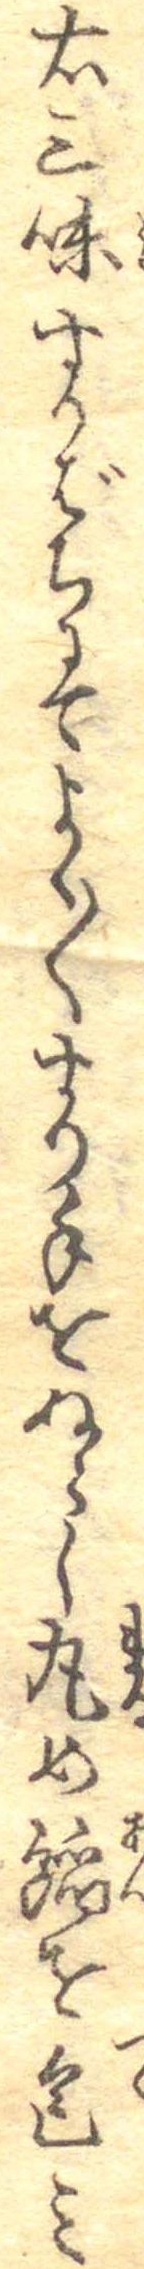
右三味すりばちにてよく〱すり手をぬらし丸め餡を包み